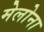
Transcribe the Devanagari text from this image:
मेलोना